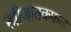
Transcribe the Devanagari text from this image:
स्त्रीजातकफ़ल